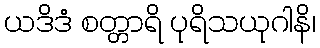
ယဒိဒံ စတ္တာရိ ပုရိသယုဂါနိ၊